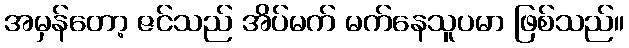
အမှန်တော့ ဇင်သည် အိပ်မက် မက်နေသူပမာ ဖြစ်သည်။